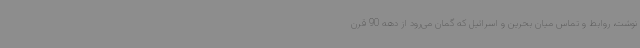
نوشت، روابط و تماس میان بحرین و اسرائیل که گمان می‌رود از دهه 90 قرن